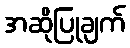
အဆိုပြုချက်